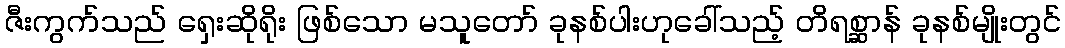
ဇီးကွက်သည် ရှေးဆိုရိုး ဖြစ်သော မသူတော် ခုနစ်ပါးဟုခေါ်သည့် တိရစ္ဆာန် ခုနစ်မျိုးတွင်